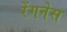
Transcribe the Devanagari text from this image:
रेंगनेस